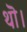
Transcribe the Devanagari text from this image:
थॊ।